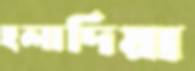
হলাদিয়া